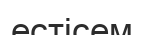
естісем